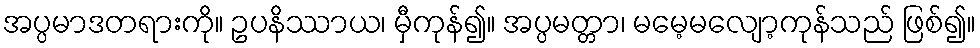
အပ္ပမာဒတရားကို။ ဥပနိဿာယ၊ မှီကုန်၍။ အပ္ပမတ္တာ၊ မမေ့မလျော့ကုန်သည် ဖြစ်၍။